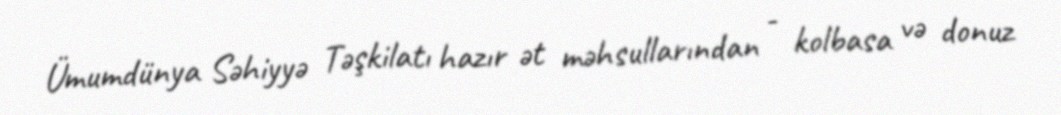
Ümumdünya Səhiyyə Təşkilatı hazır ət məhsullarından - kolbasa və donuz